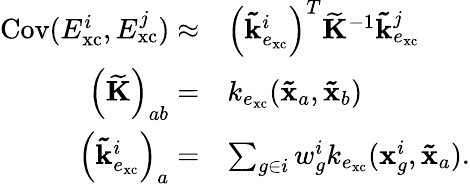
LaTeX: \begin{array}{rl}{\mathrm{Cov}(E_{\mathrm{xc}}^{i},E_{\mathrm{xc}}^{j})\approx}&{\left(\mathbf{\tilde{k}}_{e_{\mathrm{xc}}}^{i}\right)^{T}\mathbf{\widetilde{K}}^{-1}\mathbf{\tilde{k}}_{e_{\mathrm{xc}}}^{j}}\\ {\left(\mathbf{\widetilde{K}}\right)_{ab}=}&{k_{e_{\mathrm{xc}}}(\mathbf{\tilde{x}}_{a},\mathbf{\tilde{x}}_{b})}\\ {\left(\mathbf{\tilde{k}}_{e_{\mathrm{xc}}}^{i}\right)_{a}=}&{\sum_{g\in i}w_{g}^{i}k_{e_{\mathrm{xc}}}(\mathbf{x}_{g}^{i},\mathbf{\tilde{x}}_{a}).}\end{array}